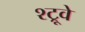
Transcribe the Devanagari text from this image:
श्ट्रूवे